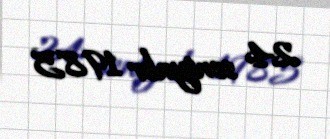
24 sentyabr 1985